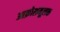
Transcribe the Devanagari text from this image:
आक्रोशमूलक